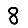
Digit: 8